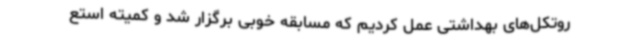
روتکل‌های بهداشتی عمل کردیم که مسابقه خوبی برگزار شد و کمیته استع